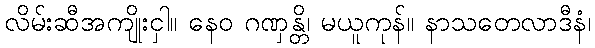
လိမ်းဆီအကျိုးငှါ။ နေဝ ဂဏှန္တိ၊ မယူကုန်။ နာသတေလာဒီနံ၊